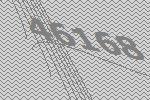
46168